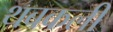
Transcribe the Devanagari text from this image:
थबकली